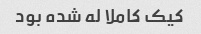
کیک کاملا له شده بود